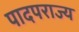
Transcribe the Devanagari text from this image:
पादपराज्य